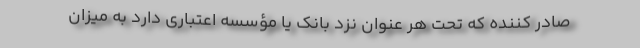
صادر کننده که تحت هر عنوان نزد بانک یا مؤسسه اعتباری دارد به میزان